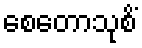
စေတောသုစိံ